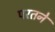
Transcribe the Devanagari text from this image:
परतने